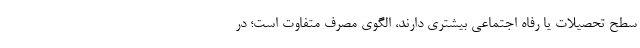
سطح تحصیلات یا رفاه اجتماعی بیشتری دارند، الگوی مصرف متفاوت است؛ در